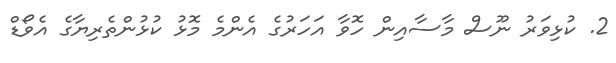
2. ކުޅިވަރު ނޫސް މާސާއިން ހޮވާ އަހަރުގެ އެންމެ މޮޅު ކުޅުންތެރިޔާގެ އެވޯޑް